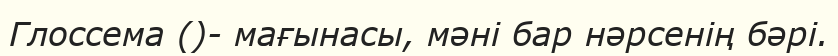
Глоссема ()- мағынасы, мәні бар нәрсенің бәрі.